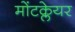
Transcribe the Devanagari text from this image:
मोंटक्लेयर